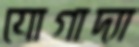
যোগাদ্যা